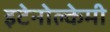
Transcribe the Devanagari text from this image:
इटेनोल्केमी